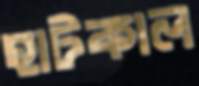
হাটকাল